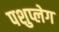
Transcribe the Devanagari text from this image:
पशुप्लेग